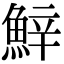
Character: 𩷔